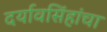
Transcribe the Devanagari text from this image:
दर्यावसिंहांचा